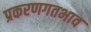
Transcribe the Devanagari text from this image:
प्रकरणगतभाव